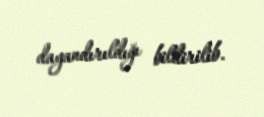
dayandırıldığı bildirilib.